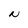
Character: N